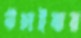
উচাইবার